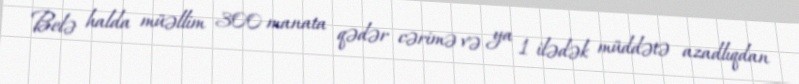
Belə halda müəllim 300 manata qədər cərimə və ya 1 ilədək müddətə azadlıqdan